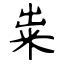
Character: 粜